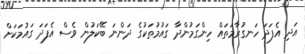
އަދި އެފަދަ ހަނގުރާމަތައް ހިންގަމުންދާ ގައުމުތަކުގެ ދަންނަ ބޭކަލުން ވެސް އެފަދަ ގައުމަކަށް